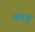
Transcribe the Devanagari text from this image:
करतु